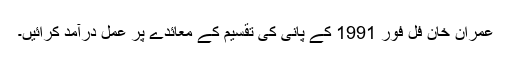
عمران خان فل فور 1991 کے پانی کی تقسیم کے معائدے پر عمل درآمد کرائیں۔